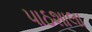
પાઠશાલા